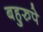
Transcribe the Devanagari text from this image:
बहुरुपे